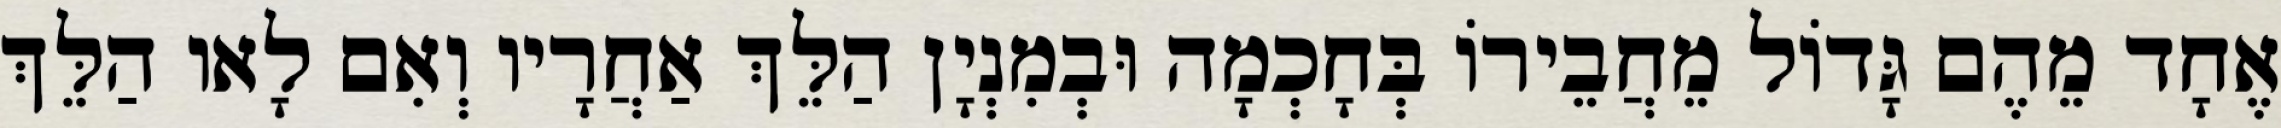
אֶחָד מֵהֶם גָּדוֹל מֵחֲבֵירוֹ בְּחָכְמָה וּבְמִנְיָן הַלֵּךְ אַחֲרָיו וְאִם לָאו הַלֵּךְ